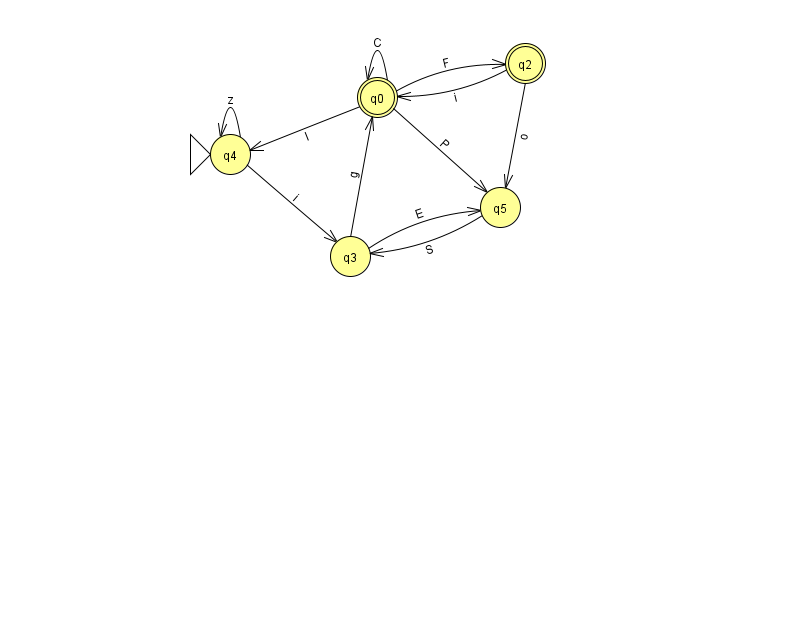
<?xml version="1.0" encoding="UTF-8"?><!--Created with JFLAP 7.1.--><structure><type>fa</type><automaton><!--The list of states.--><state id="0" name="q0"><x>377.0</x><y>84.0</y><final/></state><state id="2" name="q2"><x>525.0</x><y>50.0</y><final/></state><state id="3" name="q3"><x>350.0</x><y>243.0</y></state><state id="4" name="q4"><x>230.0</x><y>141.0</y><initial/></state><state id="5" name="q5"><x>500.0</x><y>194.0</y></state><!--The list of transitions.--><transition><from>2</from><to>0</to><read>i</read></transition><transition><from>3</from><to>5</to><read>E</read></transition><transition><from>0</from><to>4</to><read>l</read></transition><transition><from>0</from><to>0</to><read>C</read></transition><transition><from>5</from><to>3</to><read>S</read></transition><transition><from>2</from><to>5</to><read>o</read></transition><transition><from>4</from><to>4</to><read>z</read></transition><transition><from>0</from><to>5</to><read>P</read></transition><transition><from>4</from><to>3</to><read>i</read></transition><transition><from>3</from><to>0</to><read>g</read></transition><transition><from>0</from><to>2</to><read>F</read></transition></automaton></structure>